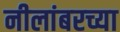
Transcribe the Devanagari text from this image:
नीलांबरच्या